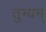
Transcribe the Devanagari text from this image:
तुभ्यम्